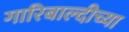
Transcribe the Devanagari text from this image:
गारिबाल्दीच्या